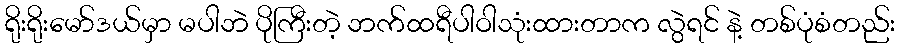
ရိုးရိုးမော်ဒယ်မှာ မပါဘဲ ပိုကြီးတဲ့ ဘက်ထရီပါဝါသုံးထားတာက လွဲရင် နဲ့ တစ်ပုံစံတည်း